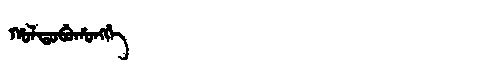
Manchu: ᡥᠣᠯᡨᠣᠪᡠᡥᠣᠩᡤᡝ
Romanization: HOLTOBUHONGGE